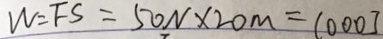
W = F S = 5 0 N \times 2 0 m = 1 0 0 0 J